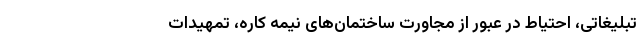
تبلیغاتی، احتیاط در عبور از مجاورت ساختمان‌های نیمه کاره، تمهیدات